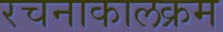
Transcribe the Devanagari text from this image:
रचनाकालक्रम